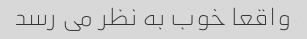
واقعا خوب به نظر می رسد